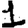
Digit: 1